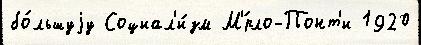
бо́льшуjу Социал'и́зм М'́рло-Понт'и 1920